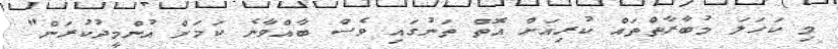
މި ކަހަލަ މުބާރާތްތައް ކުރިއަށް އޮތް ތަނުގައި ވެސް ބާއްވާނެ ކަމަށް އުންމީދުކުރަން"